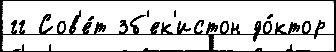
гг Сов'е́т зб'ек'истон до́ктор